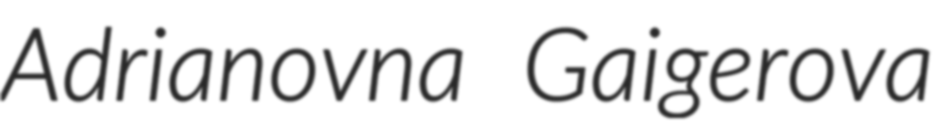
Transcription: Adrianovna Gaigerova